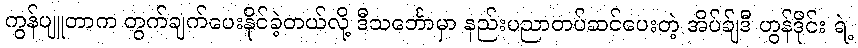
ကွန်ပျူတာက တွက်ချက်ပေးနိုင်ခဲ့တယ်လို့ ဒီသင်္ဘောမှာ နည်းပညာတပ်ဆင်ပေးတဲ့ အိပ်ခ်ျဒီ ဟွန်ဒိုင်း ရဲ့